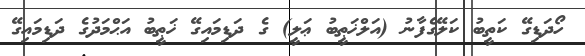
ހޯދަޑިގޭ ކަތީބު ކަލޭގެފާނު (އަލްޚަޠީބު ޢަލީ) ގެ ދަޑިމައިގޭ ޚަޠީބު އަޙްމަދުގެ ދަޑިމައިގޭ